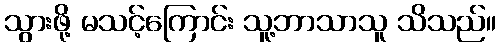
သွားဖို့ မသင့်ကြောင်း သူ့ဘာသာသူ သိသည်။